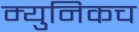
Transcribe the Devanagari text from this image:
म्युनिकच